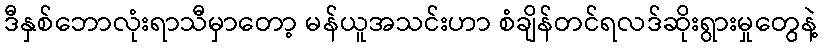
ဒီနှစ်ဘောလုံးရာသီမှာတော့ မန်ယူအသင်းဟာ စံချိန်တင်ရလဒ်ဆိုးရွားမှုတွေနဲ့